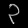
Digit: ၃